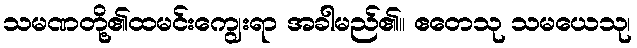
သမဏတို့၏ထမင်းကျွေးရာ အခါမည်၏။ ဧတေသု သမယေသု၊